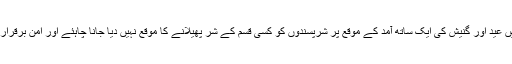
مزید برآں شہر میں عید اور گنیش کی ایک ساتھ آمد کے موقع پر شرپسندوں کو کسی قسم کے شر پھیلانے کا موقع نہیں دیا جانا چاہئے اور امن برقرار کھا جانا چاہئے ۔